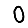
Digit: 0